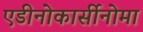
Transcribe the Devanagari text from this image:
एडीनोकार्सीनोमा